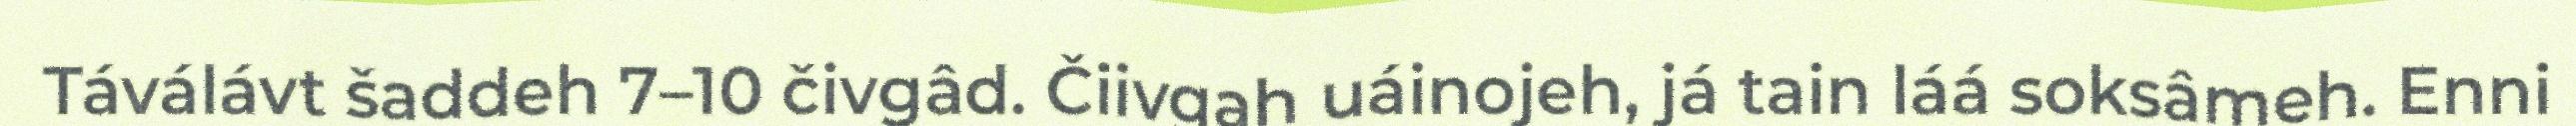
Táválávt šaddeh 7–10 čivgâd. Čiivgah uáinojeh, já tain láá soksâmeh. Enni